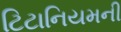
ટિટાનિયમની